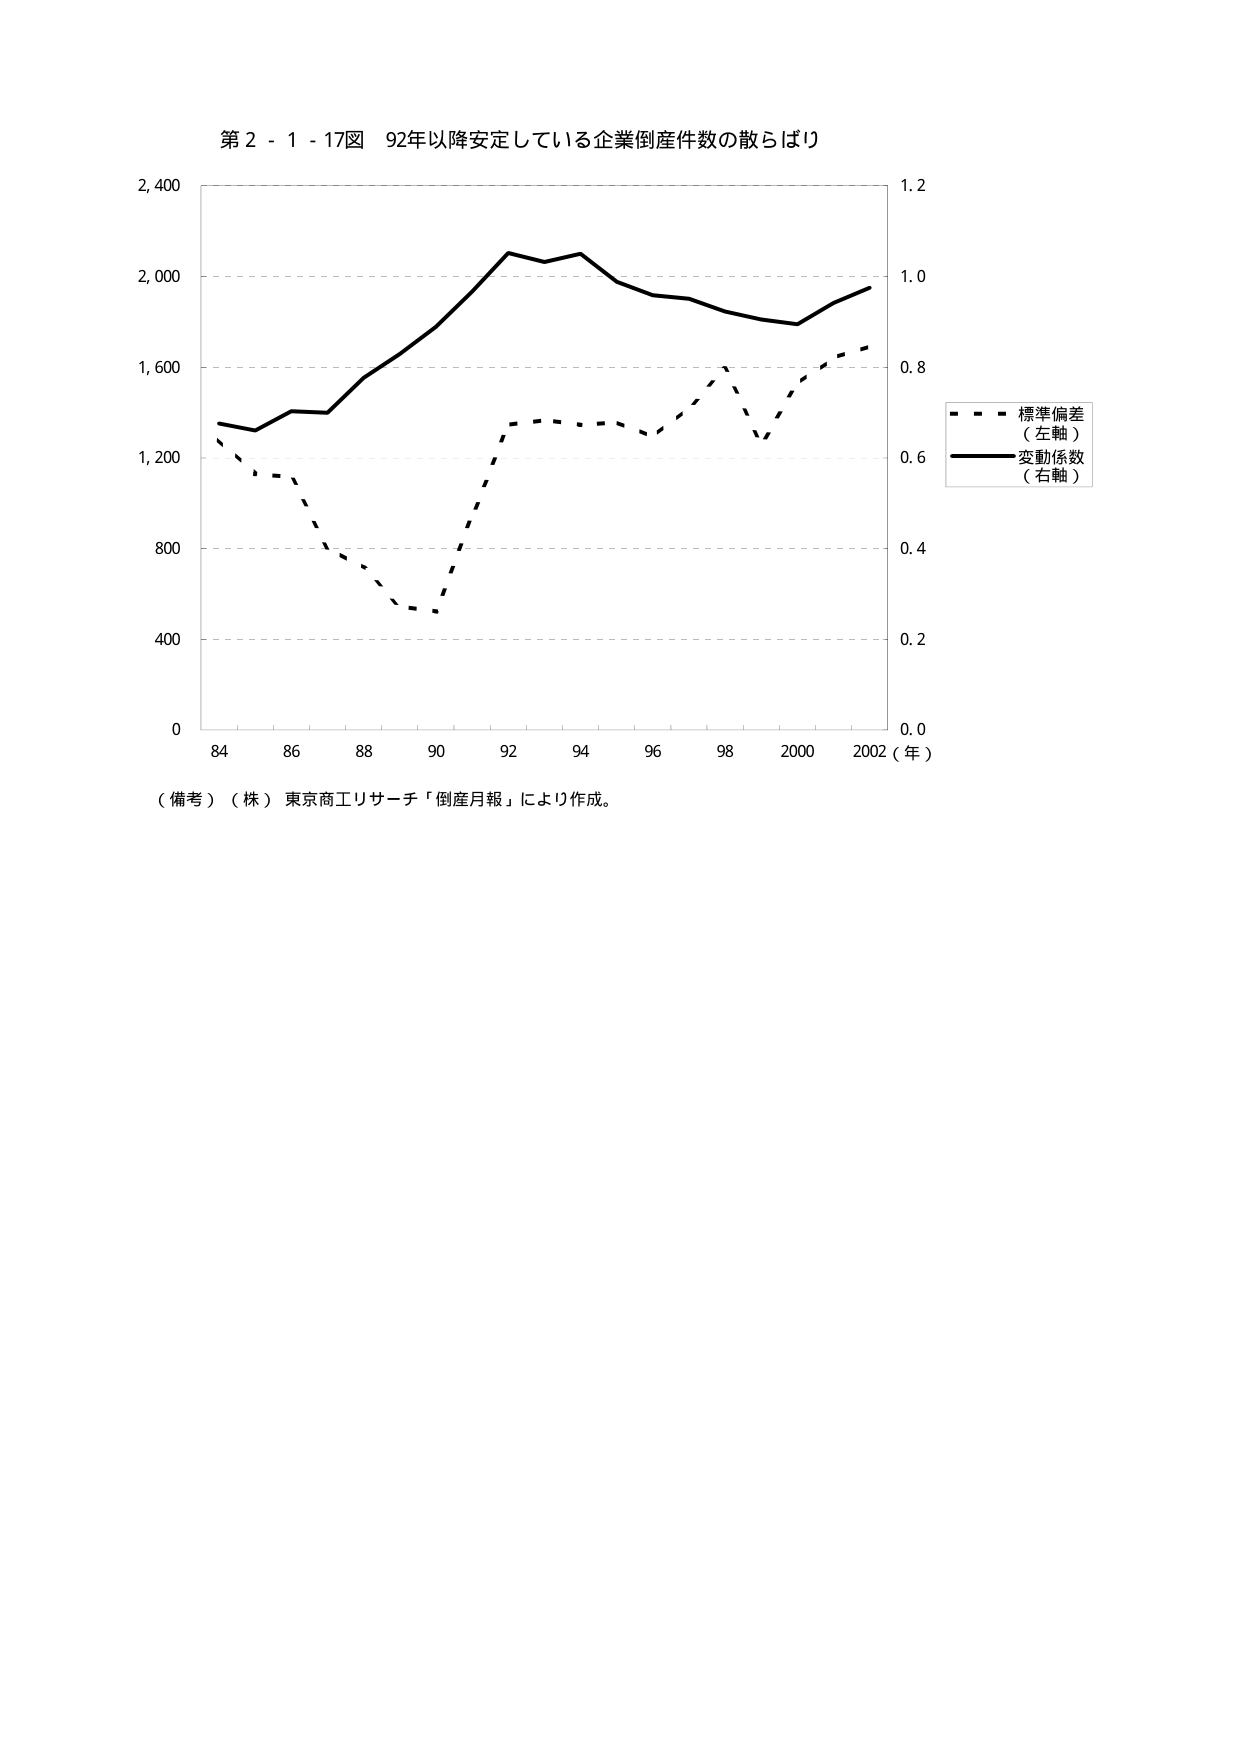
第２－１－１７図 92年以降安定している企業倒産件数の散らばり

2,400
2,000
1,600
1,200
800
400
0

84 86 88 90 92 94 96 98 2000 2002（年）

1.2
1.0
0.8
0.6
0.4
0.2
0.0

■■■ 標準偏差
（左軸）
―――― 変動係数
（右軸）

（備考）（株）東京商工リサーチ「倒産月報」により作成。